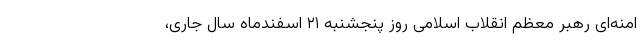
امنه‌ای رهبر معظم انقلاب اسلامی روز پنجشنبه ۲۱ اسفندماه سال جاری،